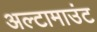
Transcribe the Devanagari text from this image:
अल्टामाउंट